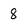
Character: 8